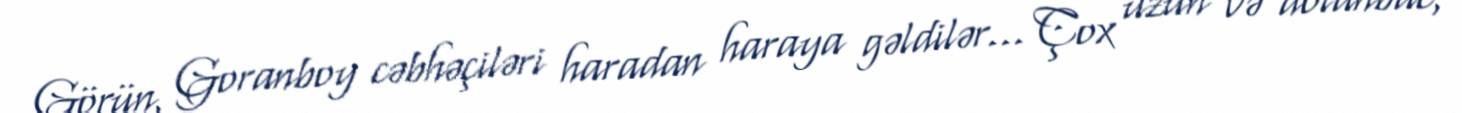
Görün, Goranboy cəbhəçiləri haradan haraya gəldilər... Çox uzun və dolanbac,